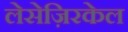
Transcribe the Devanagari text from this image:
लेसेज़िरकेल